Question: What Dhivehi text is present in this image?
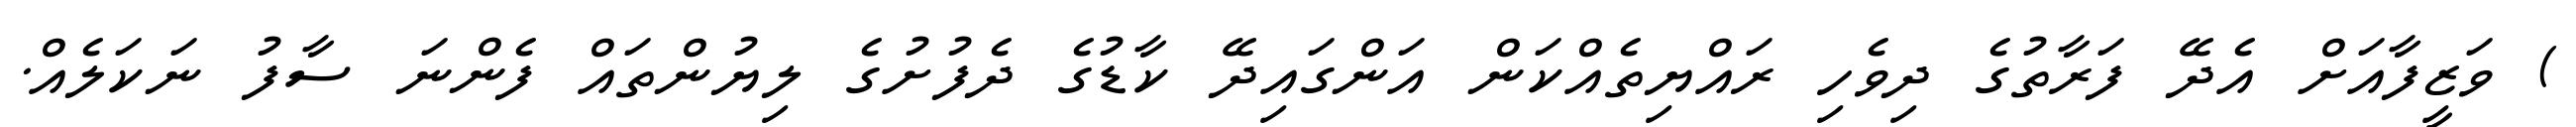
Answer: ) ވަޒީފާއަށް އެދޭ ފަރާތުގެ ދިވެހި ރައްޔިތެއްކަން އަންގައިދޭ ކާޑުގެ ދެފުށުގެ ލިޔުންތައް ފެންނަ ސާފު ނަކަލެއް.